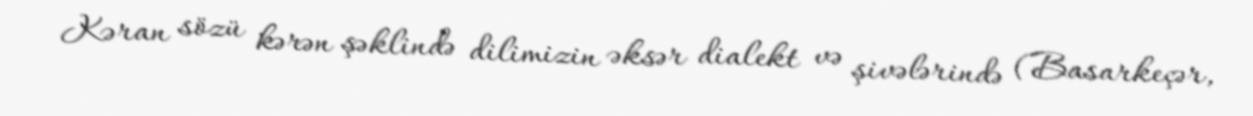
Kəran sözü kərən şəklində dilimizin əksər dialekt və şivələrində (Basarkeçər,